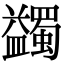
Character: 蠲